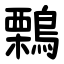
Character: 鷅